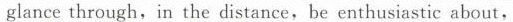
lance through, in the distance,be enthusiastic about,